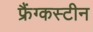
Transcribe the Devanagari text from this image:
फ्रैंग्कस्टीन